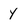
Character: Y